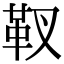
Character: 靫